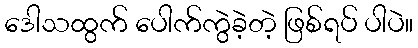
ဒေါသထွက် ပေါက်ကွဲခဲ့တဲ့ ဖြစ်ရပ် ပါပဲ။